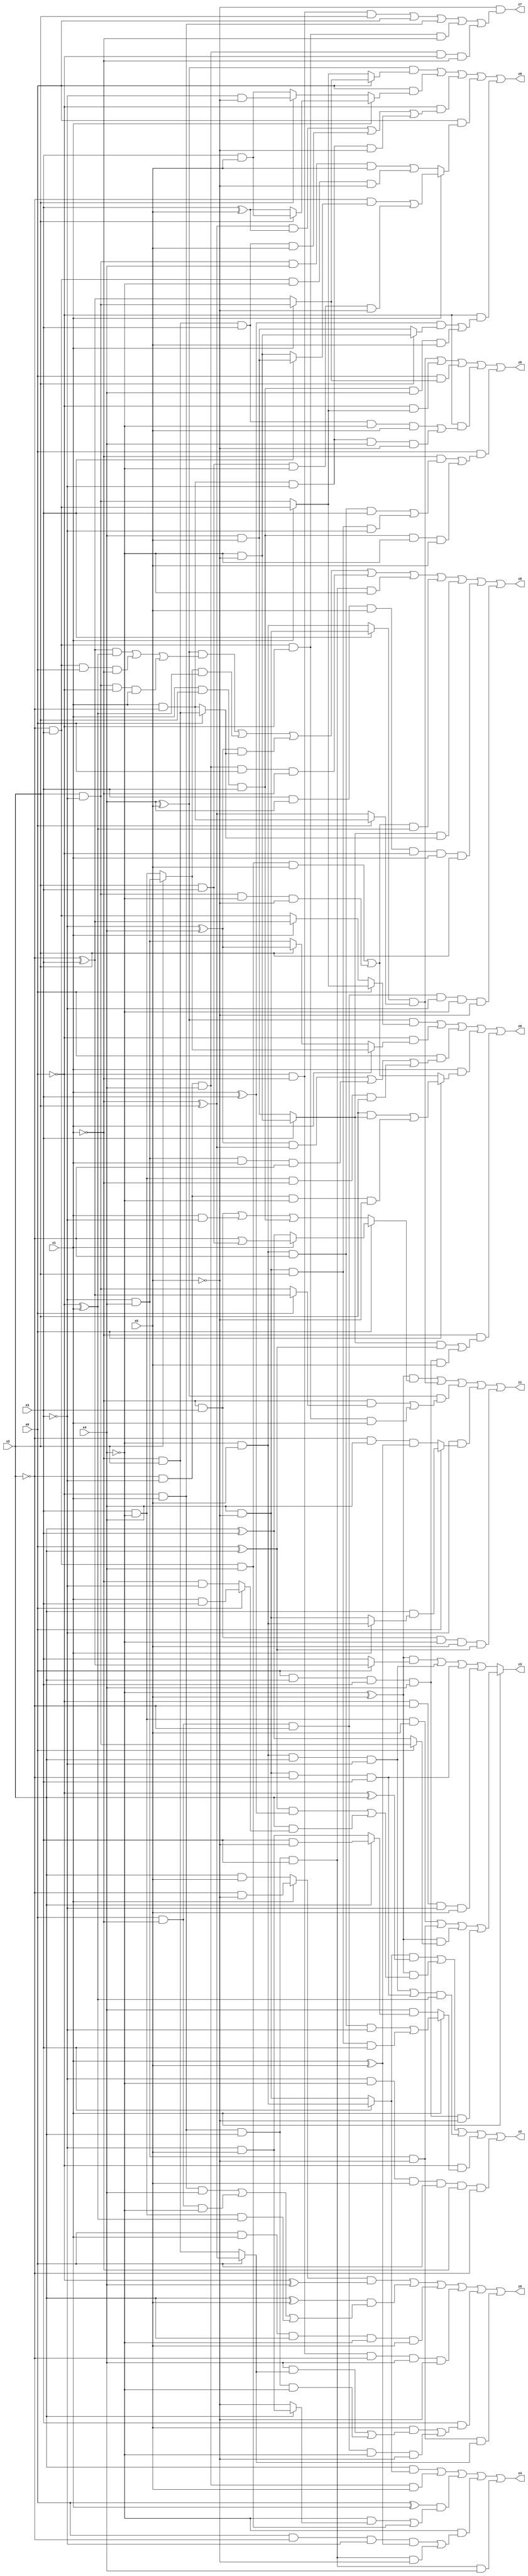
// Benchmark "X_10" written by ABC on Mon Jun 05 16:39:12 2023

module X_10 ( 
    x0, x1, x2, x3, x4, x5,
    z0, z1, z2, z3, z4, z5, z6, z7, z8, z9  );
  input  x0, x1, x2, x3, x4, x5;
  output z0, z1, z2, z3, z4, z5, z6, z7, z8, z9;
  assign z0 = ((x4 ^ x5) & (x0 ? (x1 ? (~x2 & x3) : (x2 & ~x3)) : (x1 ? (~x2 ^ x3) : (~x2 & x3)))) | (~x0 & (x1 ? (x2 ? (~x3 & x4) : (x3 & ~x4)) : (x2 ? (~x3 ^ x4) : (~x3 & x4)))) | (x0 & (((~x3 ^ x4) & (~x1 ^ x2)) | (~x3 & x4 & x1 & ~x2) | (x3 & ~x4 & ~x1 & x2))) | (x1 & (x0 ? ((x2 & (x3 ? (~x4 & ~x5) : (x4 & x5))) | (~x2 & ~x3 & ~x4 & ~x5)) : ((~x2 & x3 & x4 & x5) | (x2 & ~x3 & ~x4 & ~x5)))) | (~x1 & (((x3 ? (~x4 & ~x5) : (x4 & x5)) & (x0 ^ x2)) | (x0 & x2 & x3 & x4 & x5)));
  assign z1 = ((~x4 ^ x5) & (x0 ? (x1 ? (~x2 | (x2 & x3)) : (x2 ^ x3)) : ((~x1 & x3) | (x1 & ~x3) | (x1 & x2 & x3)))) | ((x3 ? (x4 & ~x5) : (~x4 & x5)) & (x0 ? (x1 & ~x2) : (~x1 ^ x2))) | ((x4 ^ x5) & ((~x1 & (x0 ? (~x2 ^ x3) : (x2 & ~x3))) | (~x2 & x3 & ~x0 & x1))) | (~x3 & (x0 ? (x2 & (x1 ? (~x4 & x5) : (x4 & ~x5))) : (~x2 & x4 & (x1 ^ x5)))) | (~x1 & x3 & ~x4 & x5 & (x0 ^ x2));
  assign z2 = ((x3 ? (~x4 & x5) : (x4 & ~x5)) & (~x0 ^ x2)) | ((~x4 ^ x5) & (((x0 ^ x2) & (x1 ^ x3)) | (x2 & (x0 ? (x1 & x3) : (~x1 & ~x3))))) | (((~x4 & x5 & x2 & ~x3) | (x4 & ~x5 & ~x2 & x3)) & (~x0 ^ x1)) | (~x0 & (x1 ? ((~x4 & x5 & ~x2 & ~x3) | (x4 & ~x5 & x2 & x3)) : (x4 & (x2 ? (x3 & ~x5) : (~x3 & x5))))) | (~x3 & ~x4 & x5 & x0 & ~x1 & ~x2);
  assign z3 = x1 ? ((x3 & ~x4 & x5) | (~x3 & x4 & ~x5) | ((~x4 ^ x5) & (x0 ? (x2 & ~x3) : (x2 ^ x3))) | (x0 & x2 & x3 & x4 & ~x5)) : (((~x4 ^ x5) & (x0 ? (~x2 ^ x3) : x3)) | (~x4 & x5 & x2 & ~x3) | (x4 & ~x5 & ~x2 & x3) | (~x0 & ~x2 & ~x3 & x5));
  assign z4 = (x2 & (x3 ? (~x4 & x5) : (x4 & ~x5))) | (~x2 & ~x3 & x4 & x5) | ((x0 ^ x1) & ((~x4 & (x2 ? (~x3 & x5) : ~x5)) | (~x2 & x3 & x4))) | (~x4 & ((x0 & ~x2 & ~x3 & (x1 ^ x5)) | (~x0 & x1 & x2 & x3 & ~x5))) | (~x0 & x1 & x2 & x3 & x4);
  assign z5 = ((x1 ? (~x2 & ~x5) : (x2 & x5)) & (~x0 ^ x4)) | ((x2 ^ x5) & ((~x0 & x1 & x4) | (x0 & ~x1 & ~x4) | (x3 & ~x4 & (~x0 ^ x1)))) | (x0 & x1 & x2 & ~x4 & x5) | (~x0 & ~x1 & ~x2 & x4 & ~x5) | (x3 & ((x5 & ((x4 & (x0 ? (~x1 ^ x2) : (~x1 & x2))) | (~x0 & x1 & x2 & ~x4))) | (x0 & ~x1 & ~x2 & ~x4 & ~x5))) | (~x3 & x4 & ~x5 & (x0 ? (~x1 ^ x2) : (~x1 & x2)));
  assign z6 = ((x3 ? (x4 & ~x5) : (~x4 & x5)) & (x0 ? (x1 & ~x2) : (~x1 ^ x2))) | (~x0 & (x1 ? (~x2 & x3) : (x2 & ~x3))) | (x0 & (x1 ? (x2 & ~x3) : (~x2 ^ x3))) | (~x0 & ((~x1 & x2 & x3 & ~x4 & x5) | (x1 & ~x2 & ~x3 & x4 & ~x5))) | (x0 & ((~x1 & ((~x4 & x5 & ~x2 & x3) | (x4 & ~x5 & x2 & ~x3))) | (x1 & x2 & x3 & ~x4 & x5)));
  assign z7 = ~x5 & ((~x0 & ~x1 & x2) | x0 | (~x0 & x1) | (~x2 & x3 & ~x0 & ~x1) | (~x2 & ~x3 & x4 & ~x0 & ~x1));
  assign z8 = ((x4 ^ x5) & (((~x2 ^ x3) & (~x0 ^ x1)) | (~x2 & x3 & x0 & ~x1) | (x2 & ~x3 & ~x0 & x1))) | ((x2 ? (~x3 & x4) : (x3 & ~x4)) & (~x0 ^ x1)) | ((~x3 ^ x4) & (x0 ? (~x1 & x2) : (x1 & ~x2))) | (~x2 & ~x3 & x4 & x0 & ~x1) | (~x0 & x1 & x2 & x3 & ~x4) | (((~x2 & x3 & x4 & x5) | (x2 & ~x3 & ~x4 & ~x5)) & (~x0 ^ x1)) | ((x3 ? (~x4 & ~x5) : (x4 & x5)) & (x0 ? (~x1 & x2) : (x1 & ~x2))) | (x3 & x4 & x5 & ~x0 & x1 & x2) | (x0 & ~x1 & ~x2 & ~x3 & ~x4 & ~x5);
  assign z9 = ((x4 ^ x5) & (x0 ? (x1 ? (x2 & ~x3) : (~x2 ^ x3)) : (x1 ? (~x2 & x3) : (x2 & ~x3)))) | (x0 & (x1 ? (x2 ? (x3 & x5) : (x3 ^ x5)) : (x2 ? (~x3 & ~x5) : (x3 & x5)))) | (~x0 & (((~x1 ^ x2) & (x3 ^ x5)) | (~x1 & x2 & x3 & x5) | (x1 & ~x2 & ~x3 & ~x5))) | (x0 & (x1 ? ((~x2 & (x3 ? (x4 & x5) : (~x4 & ~x5))) | (x2 & x3 & ~x4 & ~x5)) : ((x2 & ~x3 & x4 & x5) | (~x2 & x3 & ~x4 & ~x5)))) | (~x0 & (((x1 ^ x3) & (x2 ? (~x4 & ~x5) : (x4 & x5))) | (x1 & x2 & x3 & x4 & x5)));
endmodule